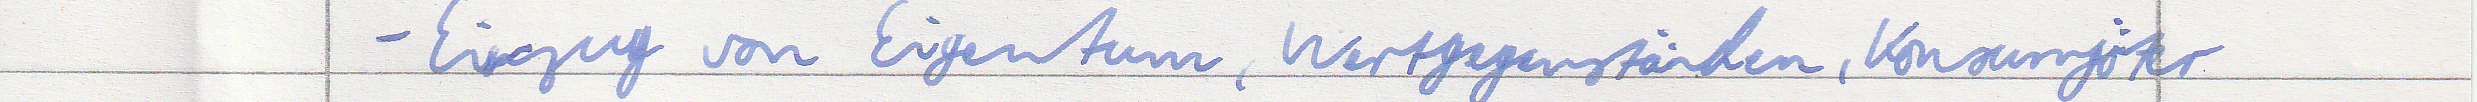
- Einzug von Eigentum, Wertgegenständen, Konsumgüter